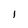
Character: l